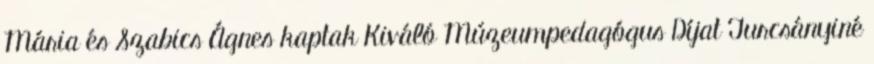
Mária és Szabics Ágnes kaptak Kiváló Múzeumpedagógus Díjat Turcsányiné